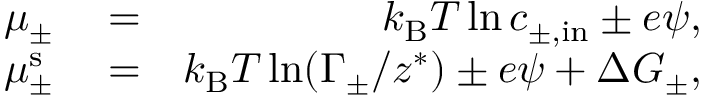
\begin{array} { r l r } { \mu _ { \pm } } & { { } = } & { k _ { \mathrm { B } } T \ln c _ { \pm , \mathrm { i n } } \pm e \psi , } \\ { \mu _ { \pm } ^ { \mathrm { s } } } & { { } = } & { k _ { \mathrm { B } } T \ln ( \Gamma _ { \pm } / z ^ { * } ) \pm e \psi + \Delta G _ { \pm } , } \end{array}